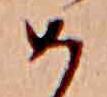
め